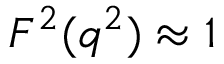
F ^ { 2 } ( q ^ { 2 } ) \approx 1